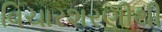
વિચારશરણીથી